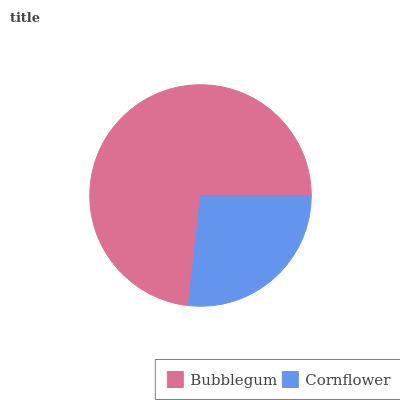
| Bubblegum | Cornflower |
 | --- | --- |
 | 73.2% | 26.8% |